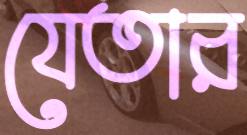
যেতার